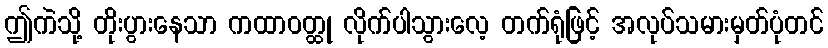
ဤကဲသို့ တိုးပွားနေသာ ကထာဝတ္ထု လိုက်ပါသွားလေ့ တက်ရုံဖြင့် အလုပ်သမားမှတ်ပုံတင်